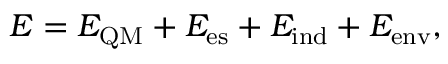
\begin{array} { r } { E = E _ { \mathrm { Q M } } + E _ { \mathrm { e s } } + E _ { \mathrm { i n d } } + E _ { \mathrm { e n v } } , } \end{array}